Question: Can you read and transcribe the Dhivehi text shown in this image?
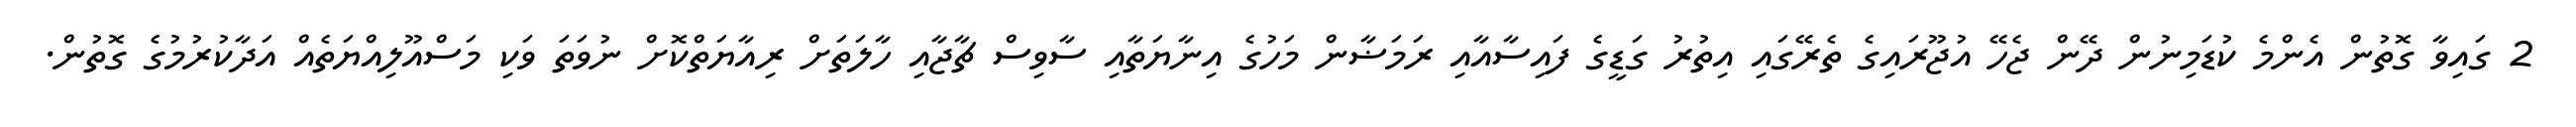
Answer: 2 ގައިވާ ގޮތުން އެންމެ ކުޑަމިނުން ދޭން ޖެހޭ އުޖޫރައިގެ ތެރޭގައި އިތުރު ގަޑީގެ ފައިސާއާއި ރަމަޟާން މަހުގެ އިނާޔަތާއި ސާވިސް ޗާޖާއި ހާލަތަށް ރިއާޔަތްކޮށް ނުވަތަ ވަކި މަސްއޫލިއްޔަތެއް އަދާކުރުމުގެ ގޮތުން.